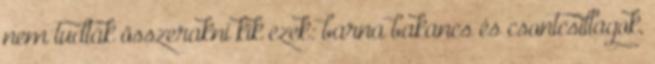
nem tudták összerakni kik ezek: barna bakancs és csontcsillagok,